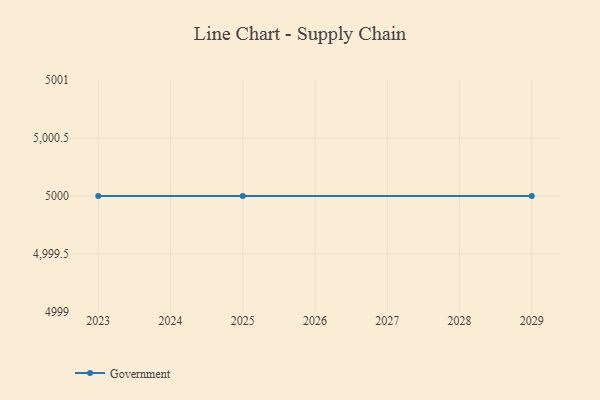
{"axis": {"x": "Year", "y": "Churn Rate (%)"}, "legend": ["Government"], "data": [{"x": "2025", "y": 5000, "type": "Government"}, {"x": "2029", "y": 5000, "type": "Government"}, {"x": "2023", "y": 5000, "type": "Government"}]}